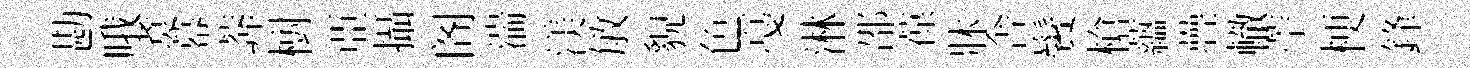
勘哦煑幕莾𣗳亞攝阁湍渼敏貌色戞淋邵葆牀舎鬢槍蘊疊轍苧梗鋒